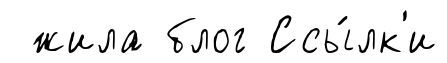
жила блог Ссы́лк'и